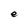
Character: e